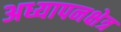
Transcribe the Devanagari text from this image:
अध्यापनक्षेत्र